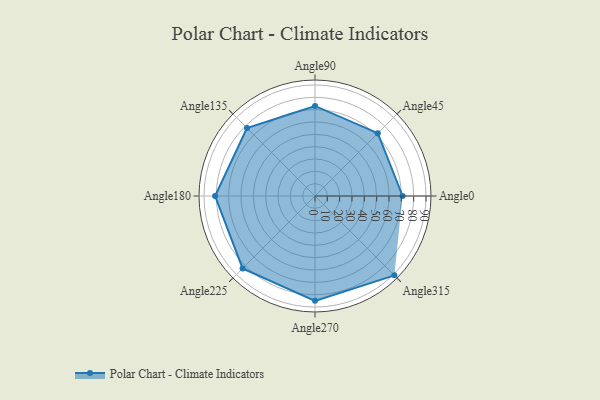
{"axis": {"x": "Angle", "y": "Radius"}, "legend": [""], "data": [{"x": "Angle0", "y": 71.0, "type": ""}, {"x": "Angle45", "y": 72.0, "type": ""}, {"x": "Angle90", "y": 73.0, "type": ""}, {"x": "Angle135", "y": 78.0, "type": ""}, {"x": "Angle180", "y": 81.0, "type": ""}, {"x": "Angle225", "y": 83.0, "type": ""}, {"x": "Angle270", "y": 85.0, "type": ""}, {"x": "Angle315", "y": 91.0, "type": ""}]}